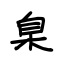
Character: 臬